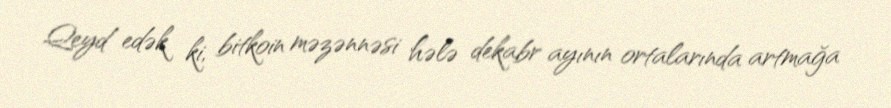
Qeyd edək ki, bitkoin məzənnəsi hələ dekabr ayının ortalarında artmağa